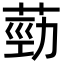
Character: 葝